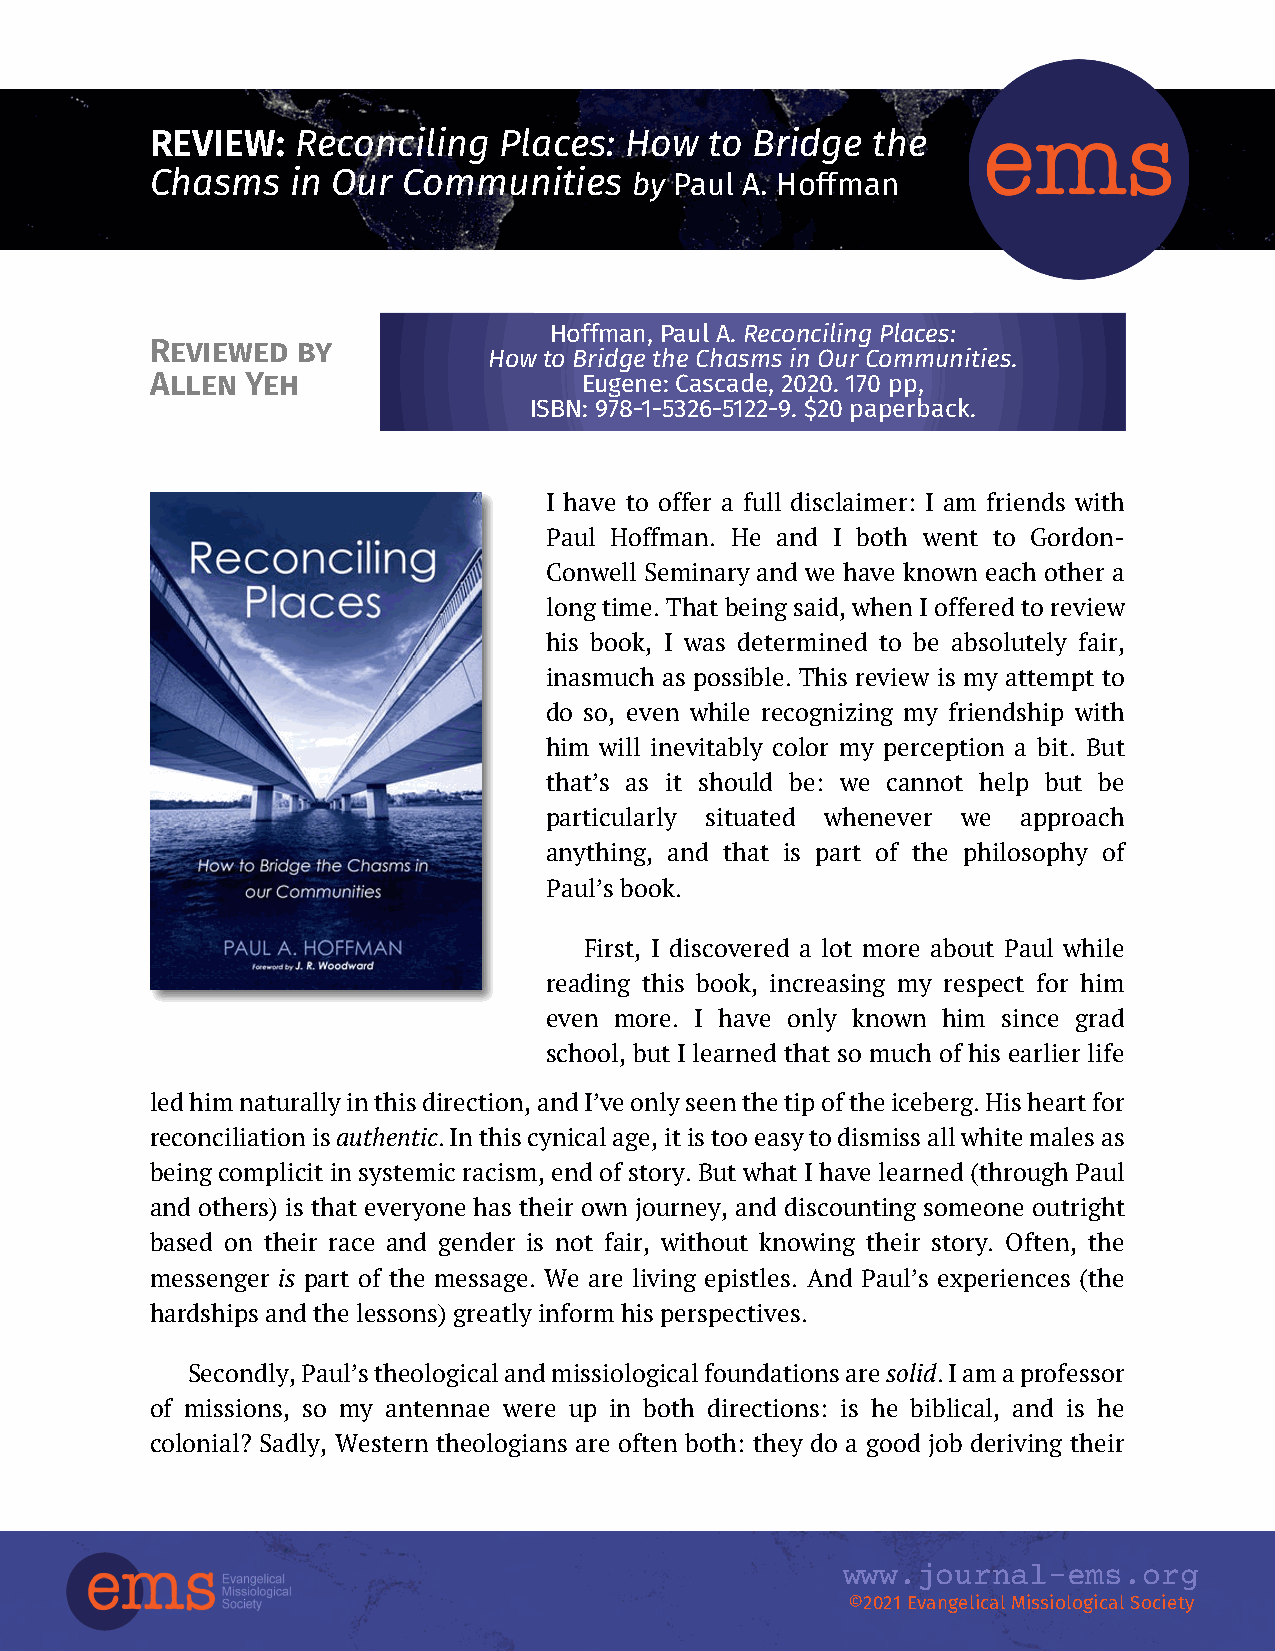
REVIEW:   Reconciling  Places: How   to Bridge  the
 Chasms   in Our  Communities    by Paul A. Hoffman
 Hoffman, Paul A. Reconciling PlaceVs:ol 1:2 2021
 Reviewed  by
 How to Bridge the Chasms in Our Communities.
 Allen Yeh                    Eugene: Cascade, 2020. 170 pp,
 ISBN: 978-1-5326-5122-9. $20 paperback.
 I have to offer a full disclaimer: I am friends with
 Paul Hoffman. He and I both went to Gordon-
 Conwell Seminary and we have known each other a
 long time. That being said, when I offered to review
 his book, I was determined to be absolutely fair,
 inasmuch as possible. This review is my attempt to
 do so, even while recognizing my friendship with
 him will inevitably color my perception a bit. But
 that’s as it should be: we cannot help but be
 particularly situated whenever we approach
 anything, and that is part of the philosophy of
 Paul’s book.
 First, I discovered a lot more about Paul while
 reading this book, increasing my respect for him
 even more. I have only known him since grad
 school, but I learned that so much of his earlier life
 ledhimnaturallyinthisdirection,andI’veonlyseenthetipoftheiceberg.Hisheartfor
 reconciliationisauthentic.Inthiscynicalage,itistooeasytodismissallwhitemalesas
 being complicit in systemic racism, end of story. But what I have learned (through Paul
 and others) is that everyone has their own journey, and discounting someone outright
 based on their race and gender is not fair, without knowing their story. Often, the
 messenger is part of the message. We are living epistles. And Paul’s experiences (the
 hardships and the lessons) greatly inform his perspectives.
 Secondly,Paul’stheologicalandmissiologicalfoundationsaresolid.Iamaprofessor
 of missions, so my antennae were up in both directions: is he biblical, and is he
 colonial? Sadly, Western theologians are often both: they do a good job deriving their
 www.journal-ems.org
 ©2021EvangelicalMissiologicalSociety